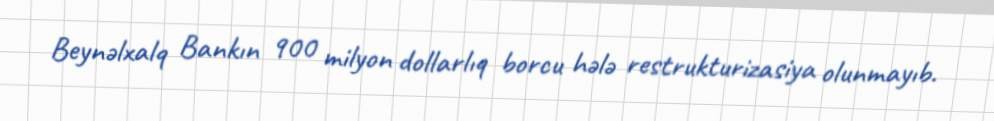
Beynəlxalq Bankın 900 milyon dollarlıq borcu hələ restrukturizasiya olunmayıb.